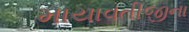
માયાવતીજીના